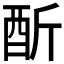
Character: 𨠇